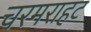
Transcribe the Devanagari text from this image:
चरमराहट